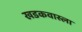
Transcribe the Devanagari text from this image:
खडकवास्ला